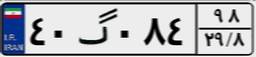
۴۰گ۰۸۴۹۸